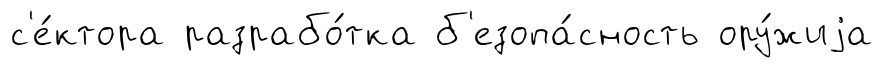
с'е́ктора разрабо́тка б'езопа́сность ору́жиjа